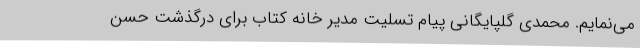
می‌نمایم. محمدی گلپایگانی پیام تسلیت مدیر خانه کتاب برای درگذشت حسن